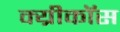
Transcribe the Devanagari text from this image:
क्य्रीकॉस